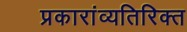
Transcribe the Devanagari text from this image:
प्रकारांव्यतिरिक्त